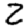
Digit: 2